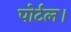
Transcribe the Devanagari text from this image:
पोर्टल।